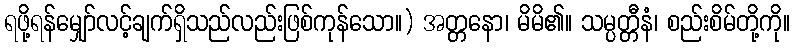
ရဖို့ရန်မျှော်လင့်ချက်ရှိသည်လည်းဖြစ်ကုန်သော။) အတ္တနော၊ မိမိ၏။ သမ္ပတ္တီနံ၊ စည်းစိမ်တို့ကို။